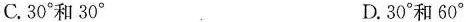
C.3 0°和3 0° D.3 0°和6 0°